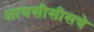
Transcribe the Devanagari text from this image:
आयसीसीसचे